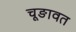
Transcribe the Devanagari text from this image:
चूङावत